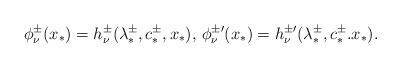
LaTeX: \begin{align*}\phi^{\pm}_{\nu} (x_*)=h^{\pm}_{\nu}(\lambda^\pm_*,c^\pm_*,x_*),\,\phi^{\pm \prime}_\nu (x_*)=h^{\pm \prime}_{\nu}(\lambda^\pm_*,c^\pm_*.x_*).\end{align*}